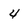
Character: 4